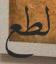
لطع